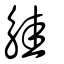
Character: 觟